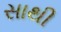
સાથી